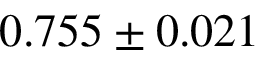
0 . 7 5 5 \pm 0 . 0 2 1